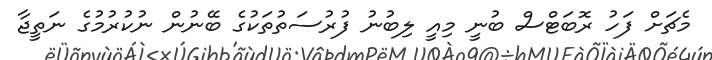
މެޗަށް ފަހު ރޮބަޓްސް ބުނީ މިއީ ލިބުނު ފުރުސަތުތަކުގެ ބޭނުން ނުކުރުމުގެ ނަތީޖާ